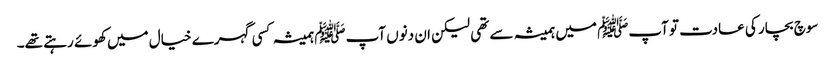
سوچ بچار کی عادت تو آپﷺ میں ہمیشہ سے تھی لیکن ان دنوں آپﷺ ہمیشہ کسی گہرے خیال میں کھوئے رہتے تھے۔